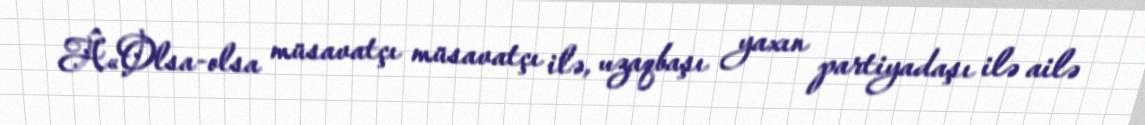
Â«Olsa-olsa müsavatçı müsavatçı ilə, uzaqbaşı yaxın partiyadaşı ilə ailə